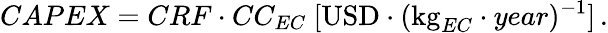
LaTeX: CAPEX=CRF\cdot CC_{EC}\ [\mathrm{USD}\cdot(\mathrm{kg}_{EC}\cdot year)^{-1}]\, .